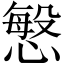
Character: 𭞠